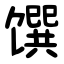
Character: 馔